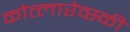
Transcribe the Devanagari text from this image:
कोत्लारेव्स्की